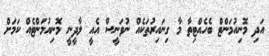
އަދި މޮނިއުމަންޓް ބެހެއްޓިތާ މާ ގިނައިރުތަކެއް ނުވަނީސް އެއީ ލާދީނީ މޮނިއުމަންޓެއް ކަމަށް